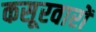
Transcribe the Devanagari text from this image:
कसूरवारों